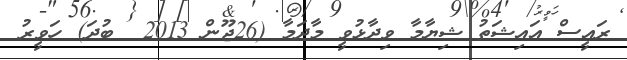
ރައީސް އައިޝަތު ޝިޔާމާ ވިދާޅުވީ މާދަމާ (26ޖޫން 2013  ބުދަ) ހަވީރު